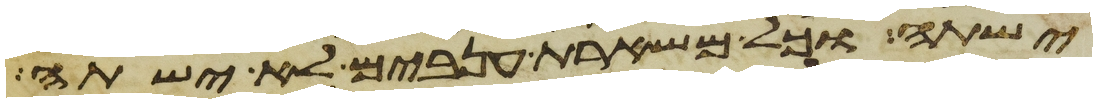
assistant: ישתה וכל משארת ענבים לא ישתה